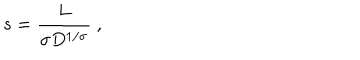
s = { \frac { L } { \sigma D ^ { 1 / \sigma } } } \ ,